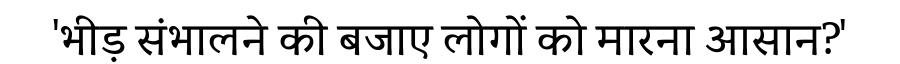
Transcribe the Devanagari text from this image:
'भीड़ संभालने की बजाए लोगों को मारना आसान?'